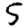
Digit: 5